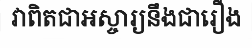
វាពិតជាអស្ចារ្យនឹងជារឿង